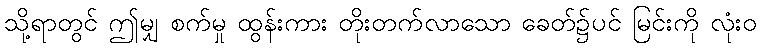
သို့ရာတွင် ဤမျှ စက်မှု ထွန်းကား တိုးတက်လာသော ခေတ်၌ပင် မြင်းကို လုံးဝ